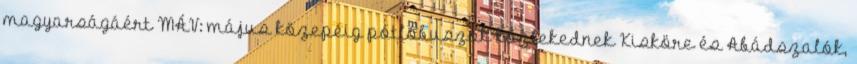
magyarságáért MÁV: május közepéig pótlóbuszok közlekednek Kisköre és Abádszalók,